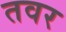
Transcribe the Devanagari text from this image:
तवर